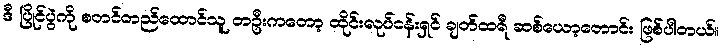
ဒီ ပြိုင်ပွဲကို စတင်တည်ထောင်သူ တဦးကတော့ ထိုင်းလုပ်ငန်းရှင် ချတ်ထရီ ဆစ်ယော့တောင်း ဖြစ်ပါတယ်။